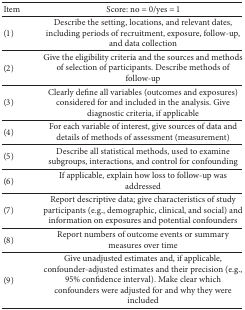
<table><thead><tr><td><b>Item</b></td><td><b>Score: no = 0/yes = 1</b></td></tr></thead><tbody><tr><td>(1) </td><td> Describe the setting, locations, and relevant dates, including periods of recruitment, exposure, follow-up, and data collection</td></tr><tr><td>(2) </td><td> Give the eligibility criteria and the sources and methods of selection of participants. Describe methods of follow-up</td></tr><tr><td>(3)</td><td> Clearly define all variables (outcomes and exposures) considered for and included in the analysis. Give diagnostic criteria, if applicable</td></tr><tr><td>(4) </td><td> For each variable of interest, give sources of data and details of methods of assessment (measurement)</td></tr><tr><td>(5)</td><td> Describe all statistical methods, used to examine subgroups, interactions, and control for confounding</td></tr><tr><td>(6) </td><td> If applicable, explain how loss to follow-up was addressed</td></tr><tr><td>(7)</td><td> Report descriptive data; give characteristics of study participants (e.g., demographic, clinical, and social) and information on exposures and potential confounders</td></tr><tr><td>(8) </td><td> Report numbers of outcome events or summary measures over time</td></tr><tr><td>(9)</td><td> Give unadjusted estimates and, if applicable, confounder-adjusted estimates and their precision (e.g., 95% confidence interval). Make clear which confounders were adjusted for and why they were included</td></tr></tbody></table>